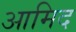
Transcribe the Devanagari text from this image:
आमिद